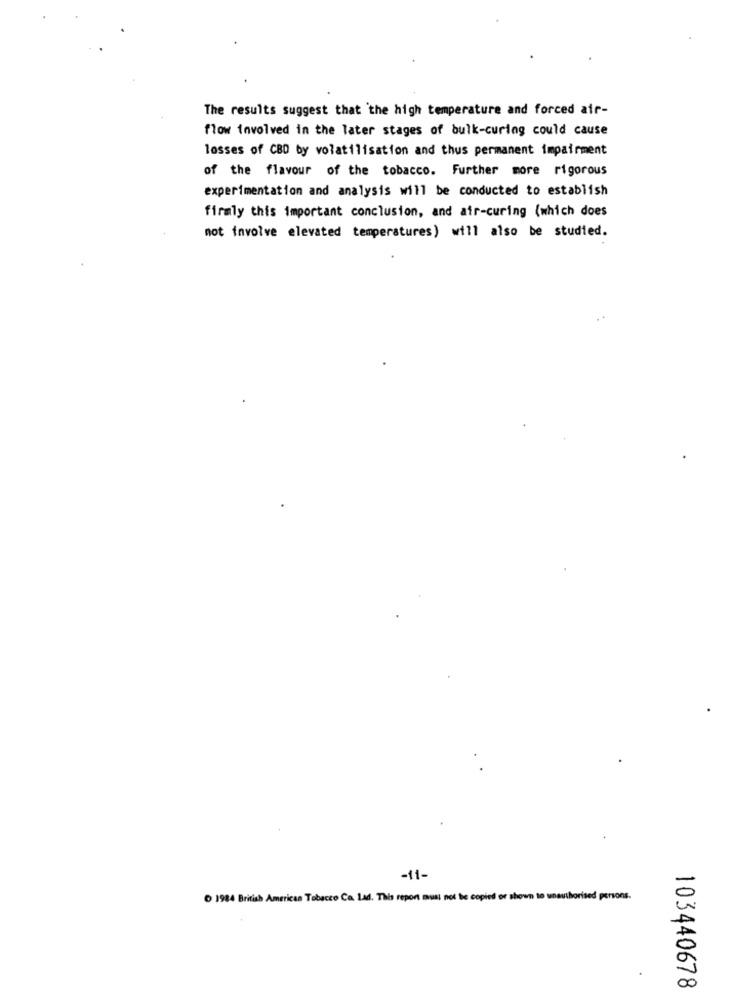
The results suggest that the high temperature and forced air-
flow involved in the later stages of bulk-curing could cause
losses of CBD by volatilisation and thus permanent impairment
of the flavour of the tobacco. Further more rigorous
experimentation and analysis will be conducted to establish
firmly this important conclusion, and air-curing (which does
not involve elevated temperatures) will also be studied.
-11-
1984 British American Tobacco Ca. Lad. This report must not be copied or shown to unauthorised persons.
103440678